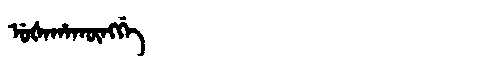
Manchu: ᡠᡧᠠᡥᠠᡴᡡᠩᡤᡝ
Romanization: UŠAHAKŪNGGE